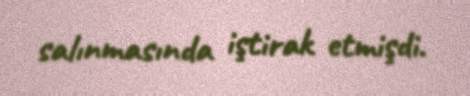
salınmasında iştirak etmişdi.